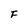
Character: F